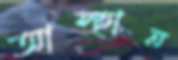
আস্হান